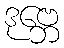
ဒုဗ္ဘေ